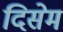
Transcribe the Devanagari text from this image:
दिसेम